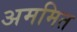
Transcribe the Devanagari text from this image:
अममित